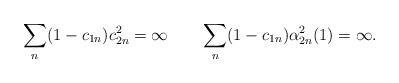
LaTeX: \begin{align*}\sum_n(1-c_{1n})c_{2n}^2=\infty\quad\quad\sum_n(1-c_{1n})\alpha_{2n}^2(1)=\infty.\end{align*}